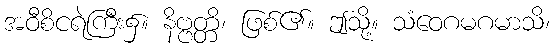
အဝီစိငရဲကြီး၌။ နိဗ္ဗတ္တိ၊ ဖြစ်၏။ ဤသို့။ သံဝေဂမဂမာသိ၊